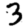
Digit: 3